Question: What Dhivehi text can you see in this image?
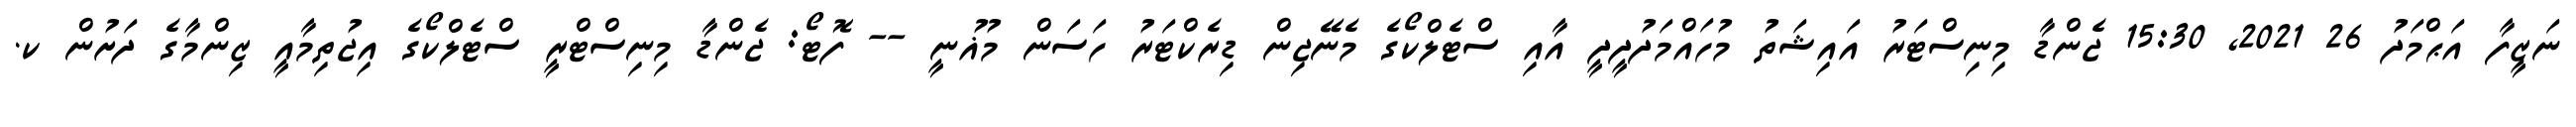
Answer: ނަޒީފާ އަޙްމަދު 26 2021, 15:30 ޖެންޑާ މިނިސްޓަރު އައިޝަތު މުހައްމަދުދީދީ އާއި ސްޓެލްކޯގެ މެނޭޖިން ޑިރެކްޓަރު ހަސަން މުޣުނީ -- ފޮޓޯ: ޖެންޑާ މިނިސްޓްރީ ސްޓެލްކޯގެ އިޖުތިމާއީ ޒިންމާގެ ދަށުން ކ.